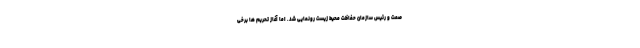
صمت و رئیس سازمان حفاظت محیط زیست رونمایی شد. اما آغاز تحریم ها برخی